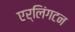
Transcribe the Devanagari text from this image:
एर्लिंगटन